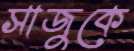
সাজুকে